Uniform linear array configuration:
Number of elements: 8
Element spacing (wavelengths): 0.5
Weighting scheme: kaiser
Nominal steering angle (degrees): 0
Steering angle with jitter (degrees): -1.931
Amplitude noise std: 0.05
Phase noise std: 0.05

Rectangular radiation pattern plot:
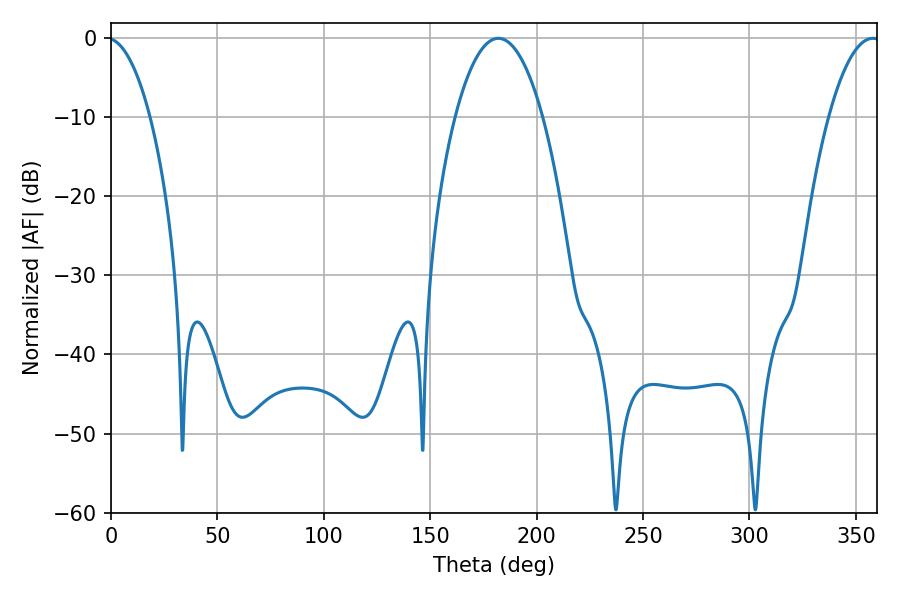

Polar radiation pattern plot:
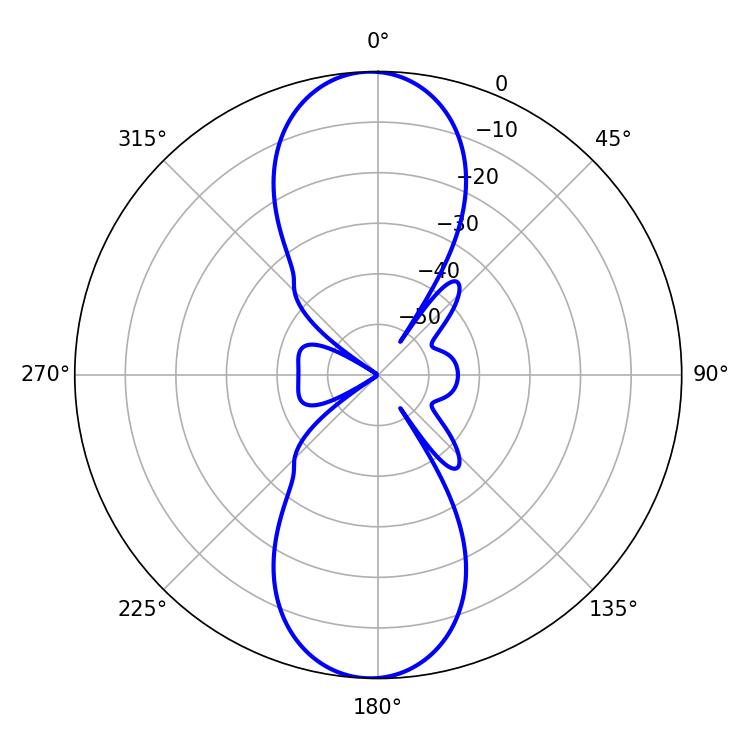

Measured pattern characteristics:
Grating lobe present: FALSE
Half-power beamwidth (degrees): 22.86
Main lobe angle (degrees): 181.98